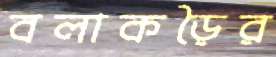
বলাকড়ৈর